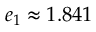
e _ { 1 } \approx 1 . 8 4 1